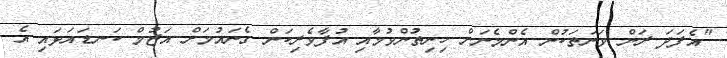
"އެފަދަ ރަން ވަނަތަކުން އެންމެނަށް ހިނިތުންވުމާއި އުފާވެރިކަން ގެނައުމަށް އަޒުމް ކަނޑައަޅައި އެ